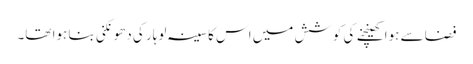
فضا سے ہوا کھینچنے کی کوشش میں اس کا سینہ لوہار کی دھونکنی بنا ہوا تھا۔